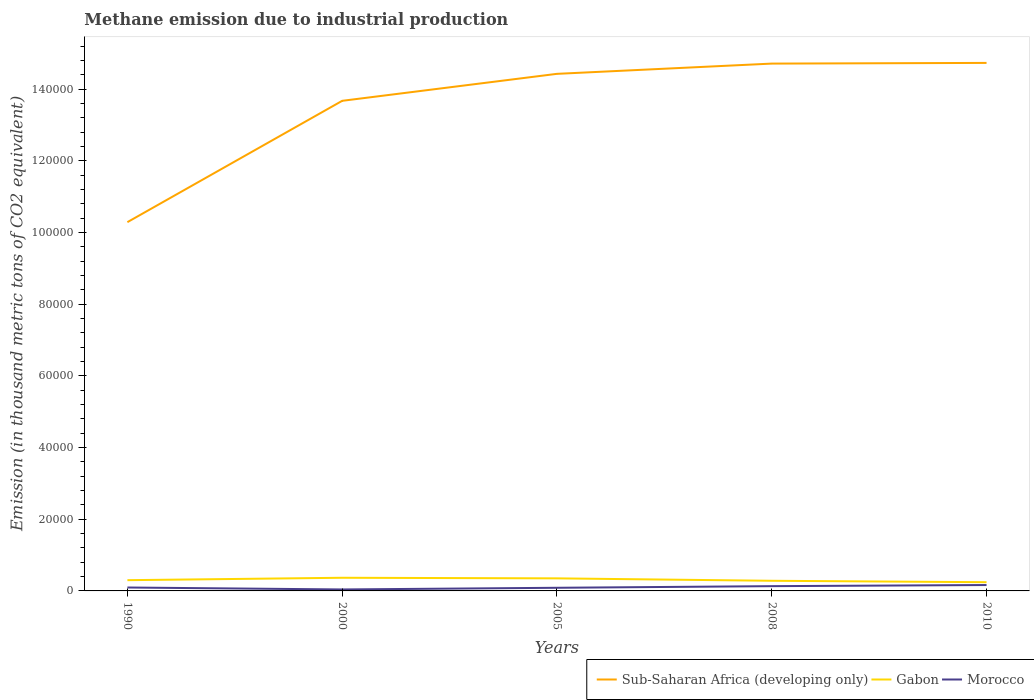
| Years | Sub-Saharan Africa (developing only) | Gabon | Morocco |
 | --- | --- | --- | --- |
 | 1990 | 1.03e+05 | 3e+03 | 955 |
 | 2000 | 1.37e+05 | 3.67e+03 | 408 |
 | 2005 | 1.44e+05 | 3.5e+03 | 878 |
 | 2008 | 1.47e+05 | 2.83e+03 | 1.33e+03 |
 | 2010 | 1.47e+05 | 2.43e+03 | 1.64e+03 |